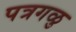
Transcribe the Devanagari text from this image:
पत्रगळु